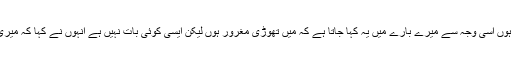
میں نے زندگی میں کبھی ایسا نہیں کیا انہوں نے کہا کہ میں کم گو ہوں اسی وجہ سے میرے بارے میں یہ کہا جاتا ہے کہ میں تھوڑی مغرور ہوں لیکن ایسی کوئی بات نہیں ہے انہوں نے کہا کہ میری فلم ” تنوویڈترنو ،یٹزٹر “ سو کروڑ کے کلب میں امل ہو گئی ہے ۔